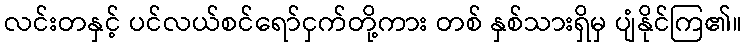
လင်းတနှင့် ပင်လယ်စင်ရော်ငှက်တို့ကား တစ် နှစ်သားရှိမှ ပျံနိုင်ကြ၏။